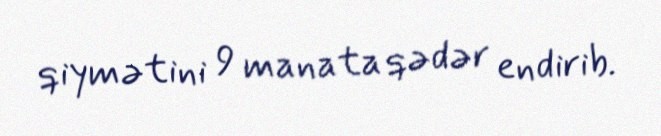
qiymətini 9 manata qədər endirib.